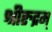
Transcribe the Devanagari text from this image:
श्रीरुद्रम्